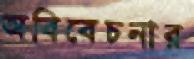
অবিবেচনার